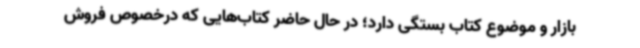
بازار و موضوع کتاب بستگی دارد؛ در حال حاضر کتاب‌هایی که درخصوص فروش